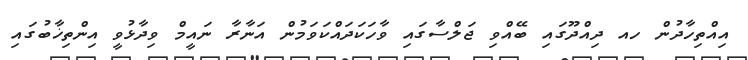
އިއްތިހާދުން ހއ ދިއްދޫގައި ބޭއްވި ޖަލްސާގައި ވާހަކަދައްކަވަމުން އަނާރާ ނައީމް ވިދާޅުވީ އިންތިޚާބުގައި